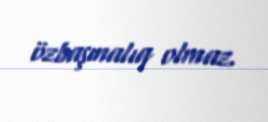
özbaşınalıq olmaz.